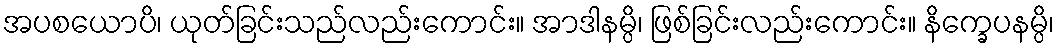
အပစယောပိ၊ ယုတ်ခြင်းသည်လည်းကောင်း။ အာဒါနမ္ပိ၊ ဖြစ်ခြင်းလည်းကောင်း။ နိက္ခေပနမ္ပိ၊